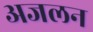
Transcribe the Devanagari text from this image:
अजलन